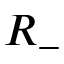
R _ { - }